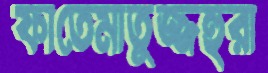
ফাতেমাতুজ্জহুরা